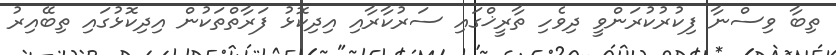
ތިބާ ވިސްނާ ފިކުރުކުރަންވީ ދިވެހި ތާރީޚްގައި ސަރުކާރާއި އިދިކޮޅު ފަރާތްތަކުން އިދިކޮޅުގައި ތިބޭއިރު